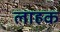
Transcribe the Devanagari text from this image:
लाहक